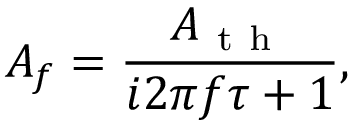
A _ { f } = \frac { A _ { \mathrm { ~ t ~ h ~ } } } { i 2 \pi f \tau + 1 } ,